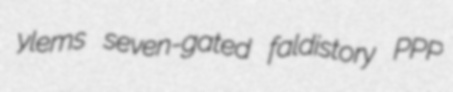
ylems seven-gated faldistory PPP